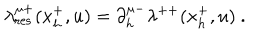
\lambda _ { \mathrm { r e s } } ^ { \mu + } ( x _ { h } ^ { + } , u ) = \partial _ { h } ^ { \mu - } \lambda ^ { + + } ( x _ { h } ^ { + } , u ) \ .